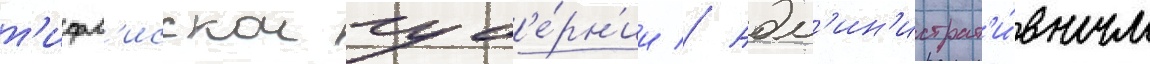
т'ифл'исскои губ'е́рн'ии // Адм'ин'истрат'и́вным